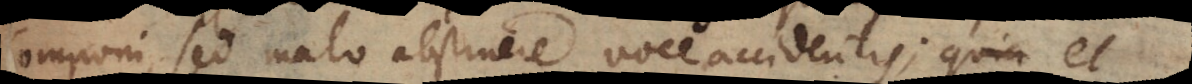
componi, sed malo abstinere voce accidentis; quia et